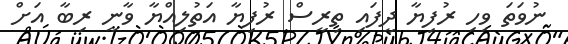
ނުވަތަ ވިހި ރުފިޔާ ދީފައި ތިރީސް ރުފިޔާ އަތުލިއްޔާ ވާނީ ރިބާ އަށް